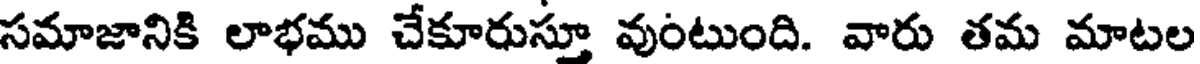
సమాజానికి లాభము చేకూరుస్తూ వుంటుంది. వారు తమ మాటల